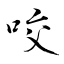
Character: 咬